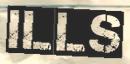
ILLS